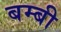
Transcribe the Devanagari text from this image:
बम्बी